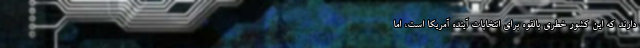
دارند که این کشور خطری بالقوه برای انتخابات آینده آمریکا است، اما